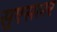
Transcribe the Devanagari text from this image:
सुएसलर